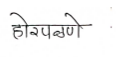
मजकूर: होरपळणे